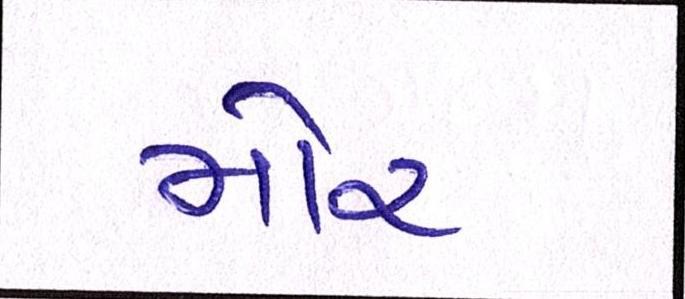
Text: મોર